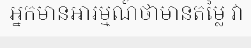
អ្នកមានអារម្មណ៍ថាមានតម្លៃ វា